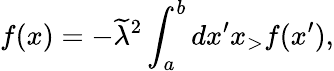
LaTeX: f(x)=-\widetilde\lambda^{2}\int_{a}^{b}dx^{\prime}x_{>}f(x^{\prime}),